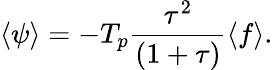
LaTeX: \begin{array}{ccc}{\displaystyle{\langle\psi\rangle=-T_{p}\frac{\tau^{2}}{(1+\tau)}\langle f\rangle.}}\end{array}